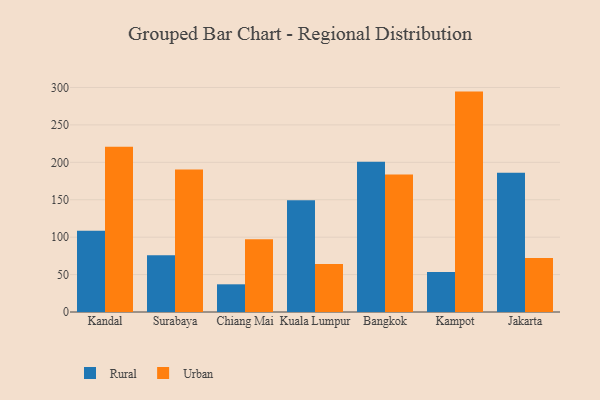
{"axis": {"x": "City", "y": "Operating Costs (USD K)"}, "legend": ["Rural", "Urban"], "data": [{"x": "Kandal", "y": 108.4, "type": "Rural"}, {"x": "Kandal", "y": 220.9, "type": "Urban"}, {"x": "Surabaya", "y": 75.8, "type": "Rural"}, {"x": "Surabaya", "y": 190.4, "type": "Urban"}, {"x": "Chiang Mai", "y": 37.0, "type": "Rural"}, {"x": "Chiang Mai", "y": 97.3, "type": "Urban"}, {"x": "Kuala Lumpur", "y": 149.3, "type": "Rural"}, {"x": "Kuala Lumpur", "y": 64.0, "type": "Urban"}, {"x": "Bangkok", "y": 200.6, "type": "Rural"}, {"x": "Bangkok", "y": 183.8, "type": "Urban"}, {"x": "Kampot", "y": 53.6, "type": "Rural"}, {"x": "Kampot", "y": 294.5, "type": "Urban"}, {"x": "Jakarta", "y": 186.0, "type": "Rural"}, {"x": "Jakarta", "y": 72.0, "type": "Urban"}]}